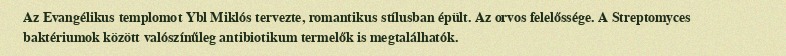
Az Evangélikus templomot Ybl Miklós tervezte, romantikus stílusban épült. Az orvos felelőssége. A Streptomyces baktériumok között valószínűleg antibiotikum termelők is megtalálhatók.